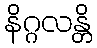
နိဂ္ဂလန္တိ